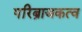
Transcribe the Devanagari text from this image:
परिब्राजकत्व